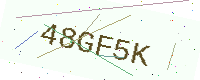
Text: 48GF5K